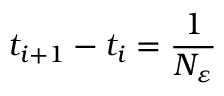
t _ { i + 1 } - t _ { i } = \frac { 1 } { N _ { \varepsilon } }